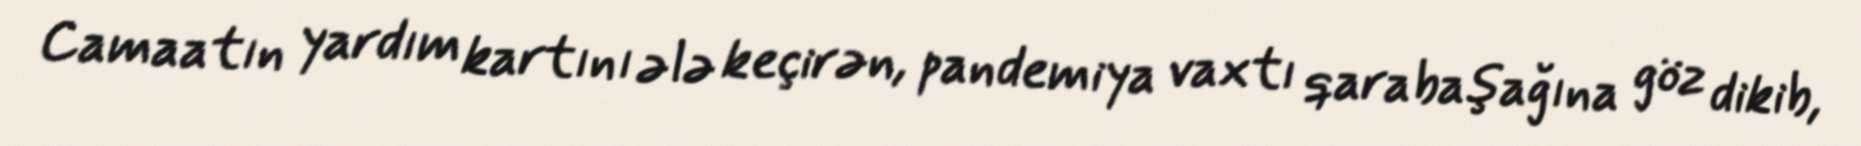
Camaatın yardım kartını ələ keçirən, pandemiya vaxtı qarabaşağına göz dikib,